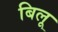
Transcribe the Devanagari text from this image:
बिलू